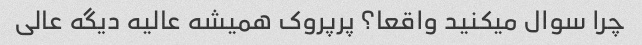
چرا سوال میکنید واقعا؟ پرپروک همیشه عالیه دیگه عالی